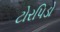
ટોરપિડો